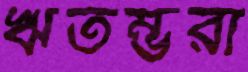
ঋতম্ভরা